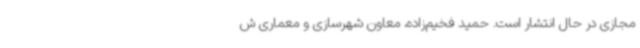
مجازی در حال انتشار است. حمید فخیم‌زاده، معاون شهرسازی و معماری ش